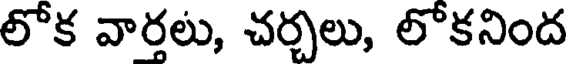
లోక వార్తలు, చర్చలు, లోకనింద